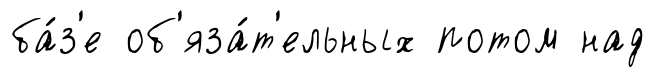
ба́з'е об'яза́т'ельных потом над